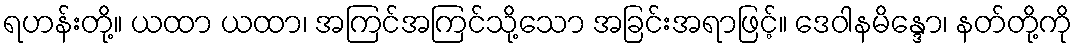
ရဟန်းတို့။ ယထာ ယထာ၊ အကြင်အကြင်သို့သော အခြင်းအရာဖြင့်။ ဒေဝါနမိန္ဒော၊ နတ်တို့ကို